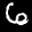
Label: 6